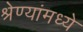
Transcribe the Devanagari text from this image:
श्रेण्यांमध्ये